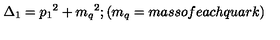
\Delta _ { 1 } = { p _ { 1 } } ^ { 2 } + { m _ { q } } ^ { 2 } ; ( m _ { q } = m a s s o f e a c h q u a r k )